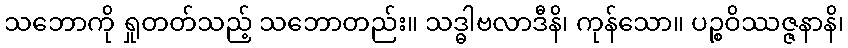
သဘောကို ရှုတတ်သည့် သဘောတည်း။ သဒ္ဓါဗလာဒီနိ၊ ကုန်သော။ ပဉ္စဝိဿဇ္ဇနာနိ၊